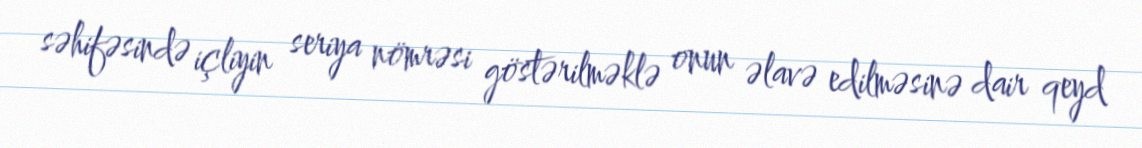
səhifəsində içliyin seriya nömrəsi göstərilməklə onun əlavə edilməsinə dair qeyd